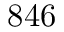
8 4 6